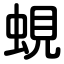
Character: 蜆